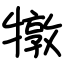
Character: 犜